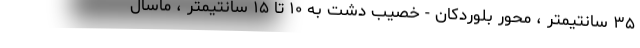
۳۵ سانتیمتر ، محور بلوردکان - خصیب دشت به ۱۰ تا ۱۵ سانتیمتر ، ماسال